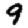
Digit: 9